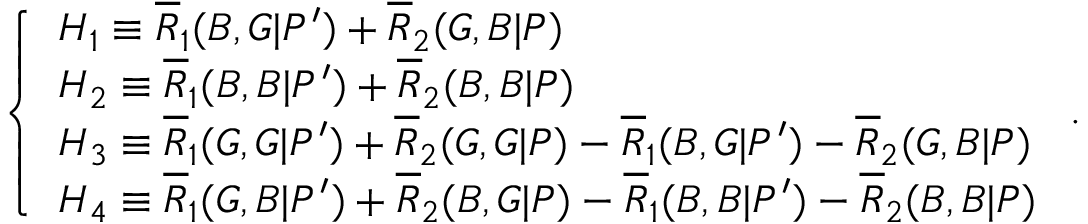
\left\{ \begin{array} { l l } { H _ { 1 } \equiv \overline { { R } } _ { 1 } ( B , G | P ^ { \prime } ) + \overline { { R } } _ { 2 } ( G , B | P ) } \\ { H _ { 2 } \equiv \overline { { R } } _ { 1 } ( B , B | P ^ { \prime } ) + \overline { { R } } _ { 2 } ( B , B | P ) } \\ { H _ { 3 } \equiv \overline { { R } } _ { 1 } ( G , G | P ^ { \prime } ) + \overline { { R } } _ { 2 } ( G , G | P ) - \overline { { R } } _ { 1 } ( B , G | P ^ { \prime } ) - \overline { { R } } _ { 2 } ( G , B | P ) } \\ { H _ { 4 } \equiv \overline { { R } } _ { 1 } ( G , B | P ^ { \prime } ) + \overline { { R } } _ { 2 } ( B , G | P ) - \overline { { R } } _ { 1 } ( B , B | P ^ { \prime } ) - \overline { { R } } _ { 2 } ( B , B | P ) } \end{array} \right. .